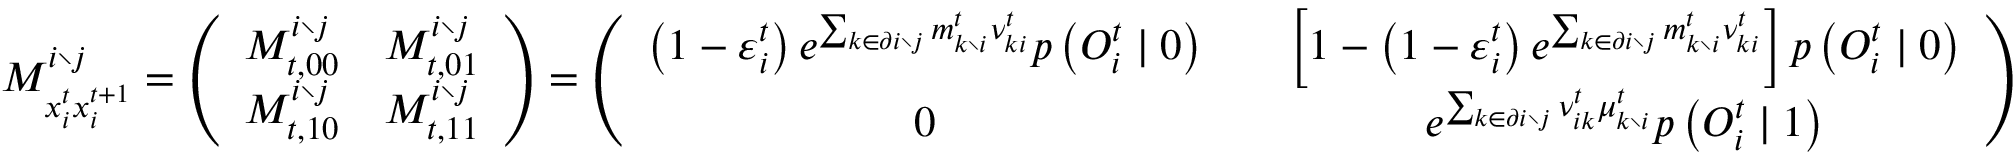
M _ { x _ { i } ^ { t } x _ { i } ^ { t + 1 } } ^ { i \setminus j } = \left( \begin{array} { c c } { M _ { t , 0 0 } ^ { i \setminus j } } & { M _ { t , 0 1 } ^ { i \setminus j } } \\ { M _ { t , 1 0 } ^ { i \setminus j } } & { M _ { t , 1 1 } ^ { i \setminus j } } \end{array} \right) = \left( \begin{array} { c c c } { \left( 1 - \varepsilon _ { i } ^ { t } \right) e ^ { \sum _ { k \in \partial i \setminus j } m _ { k \setminus i } ^ { t } { \nu } _ { k i } ^ { t } } p \left( O _ { i } ^ { t } \mid 0 \right) } & & { \left[ 1 - \left( 1 - \varepsilon _ { i } ^ { t } \right) e ^ { \sum _ { k \in \partial i \setminus j } m _ { k \setminus i } ^ { t } { \nu } _ { k i } ^ { t } } \right] p \left( O _ { i } ^ { t } \mid 0 \right) } \\ { 0 } & & { e ^ { \sum _ { k \in \partial i \setminus j } \nu _ { i k } ^ { t } \mu _ { k \setminus i } ^ { t } } p \left( O _ { i } ^ { t } \mid 1 \right) } \end{array} \right)